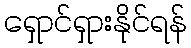
ရှောင်ရှားနိုင်ရန်